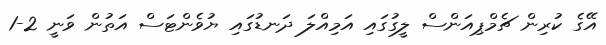
އޭގެ ކުރިން ޗެމްޕިއަންސް ލީގުގައި އަމިއްލަ ދަނޑުގައި ޔުވެންޓަސް އަތުން ވަނީ 2-1